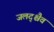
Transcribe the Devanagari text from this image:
जलद्श्चैव